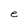
Character: e